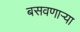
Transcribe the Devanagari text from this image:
बसवणार्‍या